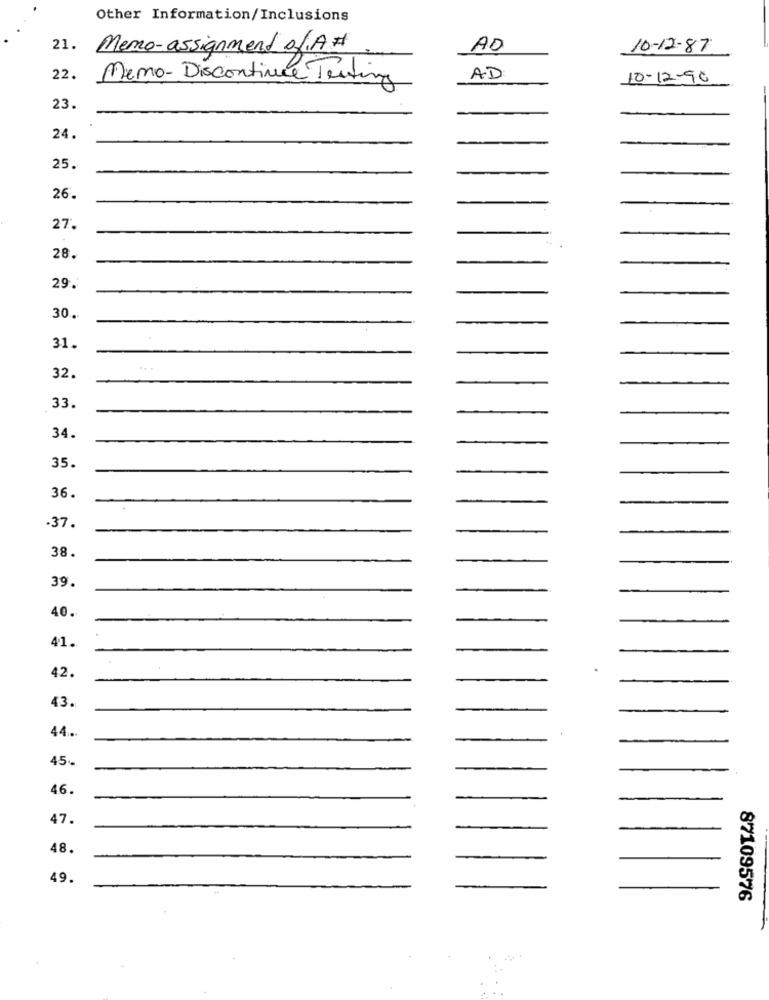
Other Information/Inclusions
21. Memo-assignment ofA#
AD
10-12-87
22.
Memo- Discontinue Testing
AD
10-12-90
23.
24.
25.
26.
27.
28.
29.
30.
31.
32.
33.
34.
35.
36.
.37.
38.
39.
40.
41.
42.
43.
44.
45
46.
47.
48.
49.
87109576